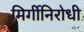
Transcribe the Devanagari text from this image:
मिर्गीनिरोधी